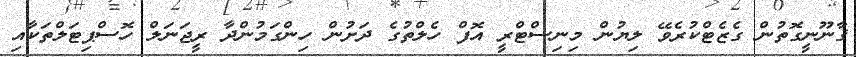
ޤާނޫނީގޮތުން ގެޒެޓްކުރެވޭ ލިޔުން މިނިސްޓްރީ އޮފް ހެލްތުގެ ދަށުން ހިންގަމުންދާ ރީޖަނަލް ހޮސްޕިޓަލްތަކާއި